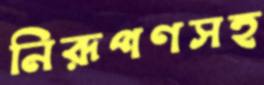
নিরূপণসহ